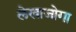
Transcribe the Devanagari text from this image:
लेखाजोगा